system: You are a helpful assistant.
user:
Analyze the provided spectrum to determine if it is a **S-type Star**.

- **Key Indicators for S-type Star:**

    - **(Overall Spectrum Shape):** The first and most obvious characteristic is the overall continuum (the "baseline" shape). It is **extremely "red-sloping,"** meaning the flux (light intensity) is very low on the left side (blue, ~4000-4500 Å) and rises steeply and continuously toward the right side (red, ~7000 Å+).

    - **(Primary):** The spectrum is defined by the presence of strong, broad molecular absorption "valleys" (bands) from **Zirconium Oxide (ZrO)**. The identification of these bands is the **primary requirement** for classifying a star as S-type.
        - **(Key Bandheads):** You must find distinct, deep "dips" where the light has been absorbed. The most critical band systems to locate are:
            - **~6474 Å** ($\gamma$-system): This is often the strongest and clearest ZrO feature, found in the red part of the spectrum.
            - **~5718 Å** & **~5551 Å** ($\beta$-system): A pair of prominent absorption features in the yellow-orange part of the spectrum.
            - **~4640 Å** ($\alpha$-system): A key absorption band system in the blue-green region of the spectrum.

    - **(Secondary Confirmation):** The classification is strengthened by finding additional absorption bands from other related heavy element oxides, which are expected to be present alongside ZrO.
        - **(Key Bandheads):**
            - **Yttrium Oxide (YO):** Look for absorption dips near **~4800 Å** and **~6100 Å**.
            - **Lanthanum Oxide (LaO):** Additional absorption features, particularly in the red-orange part of the spectrum, are also characteristic.

    - **(Line Profile):** The combination of the steep red continuum and these numerous, deep molecular bands (ZrO, YO, etc.) gives the entire spectrum a very **"chopped-up"** or **"bumpy"** appearance. Instead of a smooth curve, the spectrum looks as though large, wide chunks of light have been "carved out" of it at the specific wavelengths listed above.

Think first, call **spectral_visualization_tool** if needed to examine features in detail, then provide your final answer. Your response must adhere to the following strict rules:
1.  **Overall Structure:** Your response must follow the format `<think>...</think> <tool_call>...</tool_call> (if a tool is used) <answer>...</answer>`.
2.  **Tool Usage Constraint:** You may only make **one** tool call per turn.
3.  **Final Answer Format:** In the `<answer>` tag, your conclusion must be inside a `\boxed{}` command (e.g., `\boxed{YES}` or `\boxed{NO}`), followed by your justification.

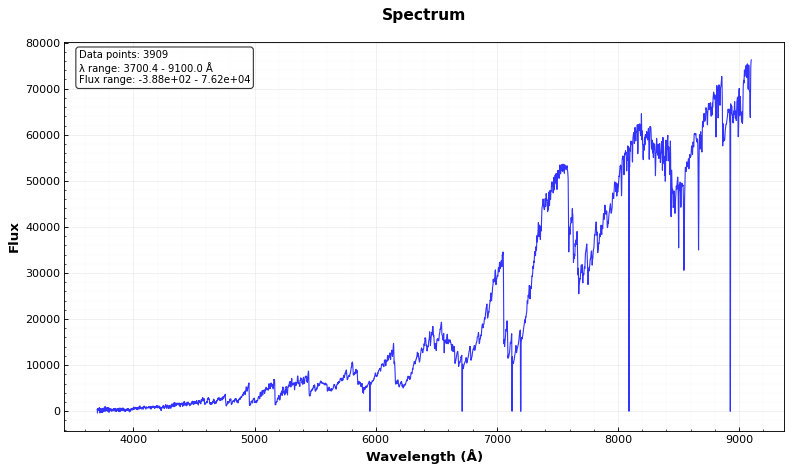
Answer: YES